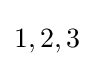
1,2,3